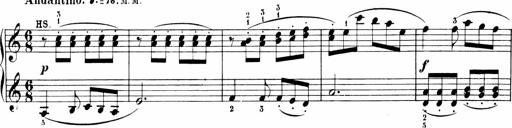
Title: Sonatinen Op.47, 98 und 136, nebst 6 Liedersonatinen
Composer: Carl Reinecke